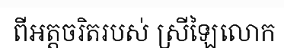
ពីអត្តចរិតរបស់ ស្រីឡៃលោក